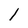
Character: 1